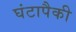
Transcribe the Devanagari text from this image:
घंटापैकी